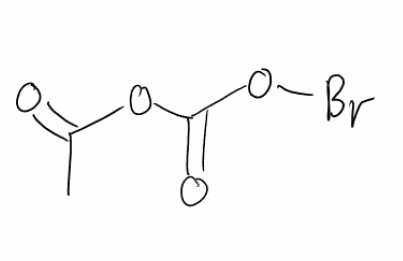
Simplified molecular-input line-entry system (SMILES) notation of the given molecule:
C(=O)(O)OC(=O)OBr